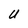
Character: U